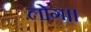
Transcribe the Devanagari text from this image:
लोग।।